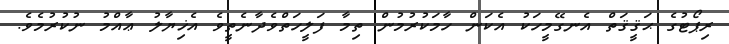
ރިޕޯޓުގެ ޙަޤީޤަތް އެނގޭމީހަކު އެކަން ހާމަކުރުމުން ތިމާ ފަލީހަތްވެދާނެތީވެ އެޚިޔާލު ޢާއްމު ނުކުރުމެވެ.